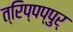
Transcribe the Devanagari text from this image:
त्रिप्पप्पुर्